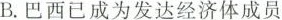
B.巴西已成为发达经济体成员